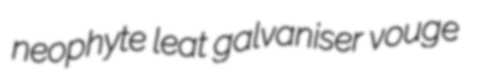
neophyte leat galvaniser vouge